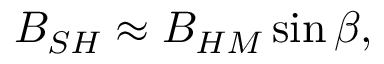
B _ { S H } \approx B _ { H M } \sin \beta ,